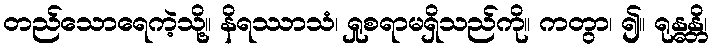
တည်သောရေကဲ့သို့။ နိရဿာသံ၊ ရှုစရာမရှိသည်ကို။ ကတွာ၊ ၍။ ရုန္ဓန္တိ၊